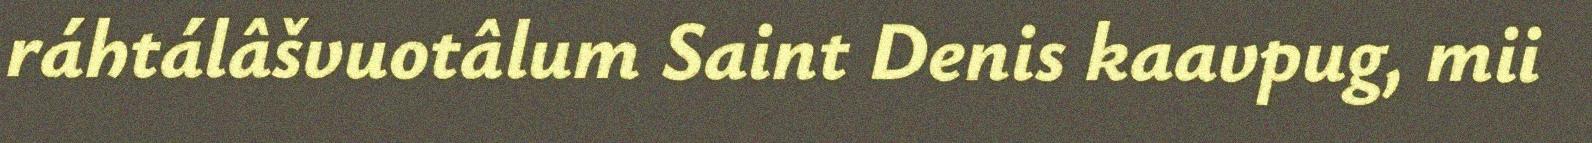
ráhtálâšvuotâlum Saint Denis kaavpug, mii